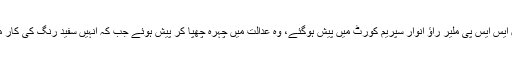
تفصیلات کےمطابق نقیب اللہ قتل کیس میں معطل ایس ایس پی ملیر راؤ انوار سپریم کورٹ میں پیش ہوگئے، وہ عدالت میں چہرہ چھپا کر پیش ہوئے جب کہ انہیں سفید رنگ کی کار میں سپریم کورٹ کے عقبی دروازے سے لایا گیا۔